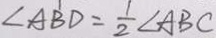
\angle A B D = \frac { 1 } { 2 } \angle A B C